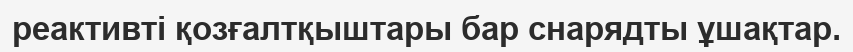
реактивті қозғалтқыштары бар снарядты ұшақтар.